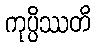
ကုပ္ပိဿတိ